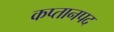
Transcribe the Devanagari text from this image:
कप्तानपद